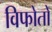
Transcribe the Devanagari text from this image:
विफोतों